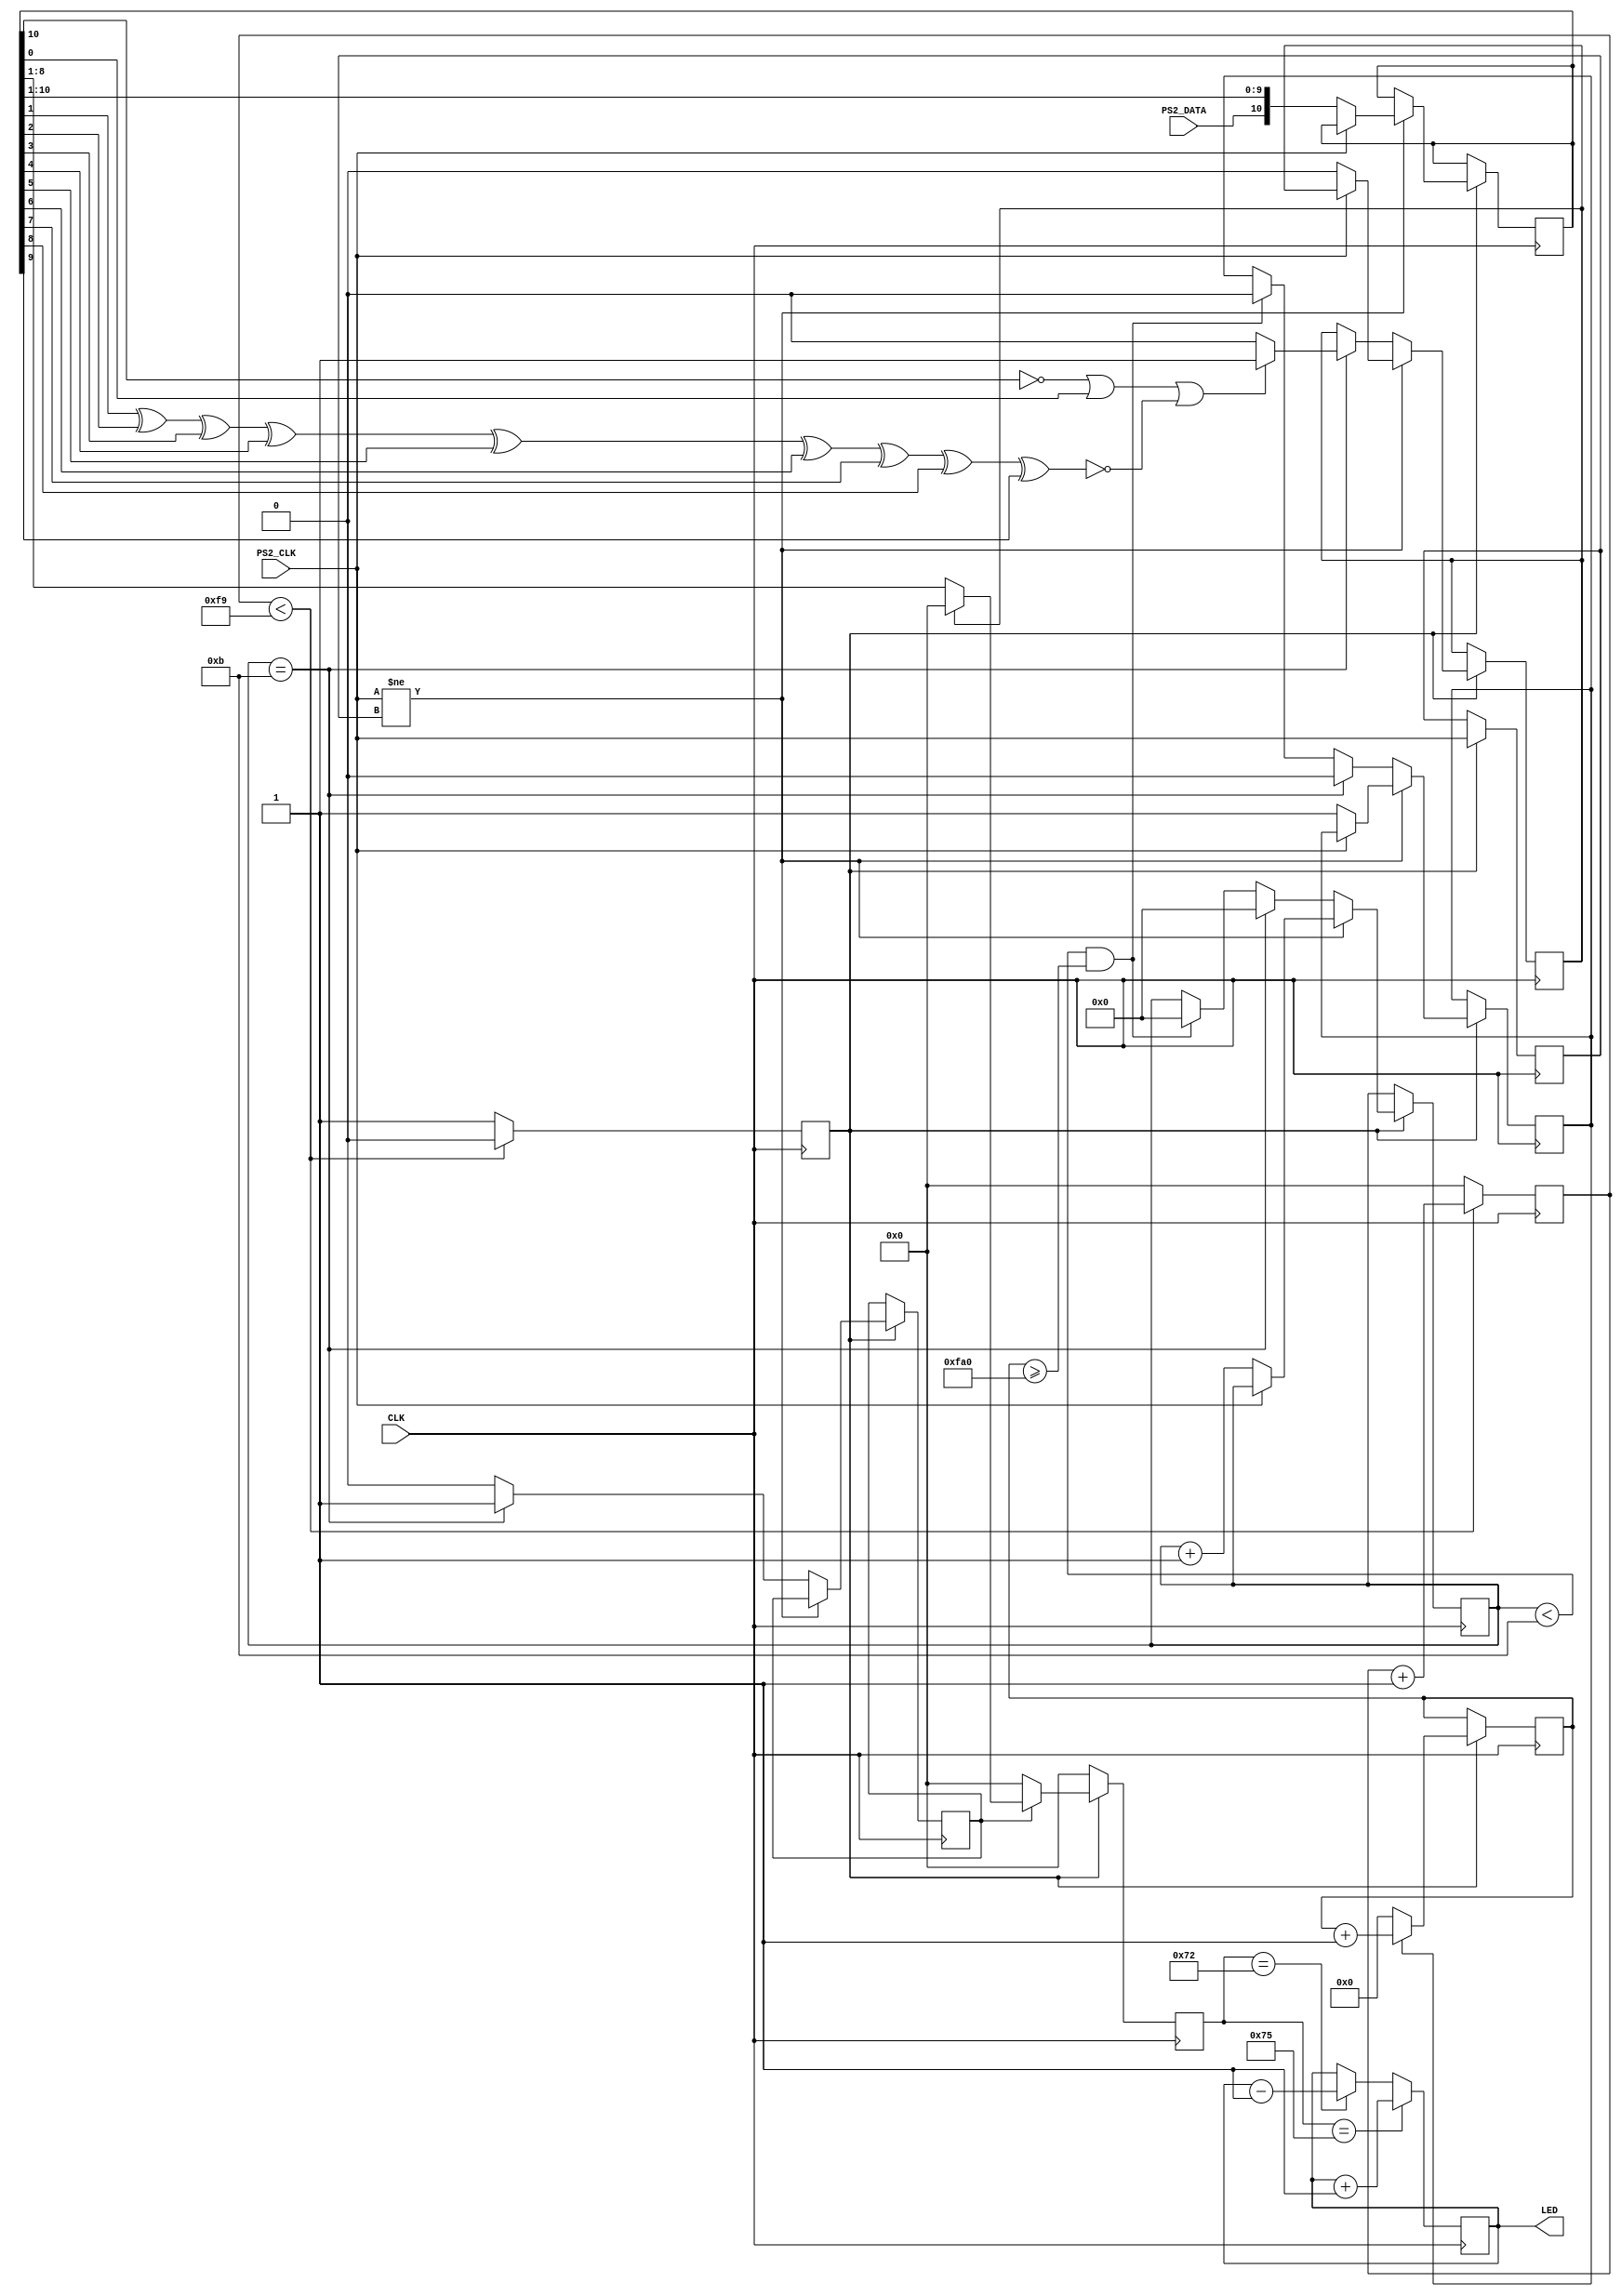
`timescale 1ns / 1ps

module Keyboard(
	input CLK,	//board clock
   input PS2_CLK,	//keyboard clock and data signals
   input PS2_DATA,
	//output reg scan_err,			//These can be used if the Keyboard module is used within a another module
	//output reg [10:0] scan_code,
	//output reg [3:0]COUNT,
	//output reg TRIG_ARR,
	//output reg [7:0]CODEWORD,
   output reg [7:0] LED	//8 LEDs
   );

	wire [7:0] ARROW_UP = 8'h75;	//codes for arrows
	wire [7:0] ARROW_DOWN = 8'h72;
	//wire [7:0] ARROW_LEFT = 8'h6B;
	//wire [7:0] ARROW_RIGHT = 8'h74;
	//wire [7:0] EXTENDED = 8'hE0;	//codes 
	//wire [7:0] RELEASED = 8'hF0;

	reg read;				//this is 1 if still waits to receive more bits 
	reg [11:0] count_reading;		//this is used to detect how much time passed since it received the previous codeword
	reg PREVIOUS_STATE;			//used to check the previous state of the keyboard clock signal to know if it changed
	reg scan_err;				//this becomes one if an error was received somewhere in the packet
	reg [10:0] scan_code;			//this stores 11 received bits
	reg [7:0] CODEWORD;			//this stores only the DATA codeword
	reg TRIG_ARR;				//this is triggered when full 11 bits are received
	reg [3:0]COUNT;				//tells how many bits were received until now (from 0 to 11)
	reg TRIGGER = 0;			//This acts as a 250 times slower than the board clock. 
	reg [7:0]DOWNCOUNTER = 0;		//This is used together with TRIGGER - look the code

	//Set initial values
	initial begin
		PREVIOUS_STATE = 1;		
		scan_err = 0;		
		scan_code = 0;
		COUNT = 0;			
		CODEWORD = 0;
		LED = 0;
		read = 0;
		count_reading = 0;
	end

	always @(posedge CLK) begin				//This reduces the frequency 250 times
		if (DOWNCOUNTER < 249) begin			//and uses variable TRIGGER as the new board clock 
			DOWNCOUNTER <= DOWNCOUNTER + 1;
			TRIGGER <= 0;
		end
		else begin
			DOWNCOUNTER <= 0;
			TRIGGER <= 1;
		end
	end
	
	always @(posedge CLK) begin	
		if (TRIGGER) begin
			if (read)				//if it still waits to read full packet of 11 bits, then (read == 1)
				count_reading <= count_reading + 1;	//and it counts up this variable
			else 						//and later if check to see how big this value is.
				count_reading <= 0;			//if it is too big, then it resets the received data
		end
	end


	always @(posedge CLK) begin		
	if (TRIGGER) begin						//If the down counter (CLK/250) is ready
		if (PS2_CLK != PREVIOUS_STATE) begin			//if the state of Clock pin changed from previous state
			if (!PS2_CLK) begin				//and if the keyboard clock is at falling edge
				read <= 1;				//mark down that it is still reading for the next bit
				scan_err <= 0;				//no errors
				scan_code[10:0] <= {PS2_DATA, scan_code[10:1]};	//add up the data received by shifting bits and adding one new bit
				COUNT <= COUNT + 1;			//
			end
		end
		else if (COUNT == 11) begin				//if it already received 11 bits
			COUNT <= 0;
			read <= 0;					//mark down that reading stopped
			TRIG_ARR <= 1;					//trigger out that the full pack of 11bits was received
			//calculate scan_err using parity bit
			if (!scan_code[10] || scan_code[0] || !(scan_code[1]^scan_code[2]^scan_code[3]^scan_code[4]
				^scan_code[5]^scan_code[6]^scan_code[7]^scan_code[8]
				^scan_code[9]))
				scan_err <= 1;
			else 
				scan_err <= 0;
		end	
		else  begin						//if it yet not received full pack of 11 bits
			TRIG_ARR <= 0;					//tell that the packet of 11bits was not received yet
			if (COUNT < 11 && count_reading >= 4000) begin	//and if after a certain time no more bits were received, then
				COUNT <= 0;				//reset the number of bits received
				read <= 0;				//and wait for the next packet
			end
		end
	PREVIOUS_STATE <= PS2_CLK;					//mark down the previous state of the keyboard clock
	end
	end


	always @(posedge CLK) begin
		if (TRIGGER) begin					//if the 250 times slower than board clock triggers
			if (TRIG_ARR) begin				//and if a full packet of 11 bits was received
				if (scan_err) begin			//BUT if the packet was NOT OK
					CODEWORD <= 8'd0;		//then reset the codeword register
				end
				else begin
					CODEWORD <= scan_code[8:1];	//else drop down the unnecessary  bits and transport the 7 DATA bits to CODEWORD reg
				end				//notice, that the codeword is also reversed! This is because the first bit to received
			end					//is supposed to be the last bit in the codeword
			else CODEWORD <= 8'd0;				//not a full packet received, thus reset codeword
		end
		else CODEWORD <= 8'd0;					//no clock trigger, no data
	end
	
	always @(posedge CLK) begin
//	if (TRIGGER) begin
//		if (TRIG_ARR) begin
//		LED<=scan_code[8:1];			//You can put the code on the LEDs if you want to, that's up to you 
		if (CODEWORD == ARROW_UP)				//if the CODEWORD has the same code as the ARROW_UP code
			LED <= LED + 1;					//count up the LED register to light up LEDs
		else if (CODEWORD == ARROW_DOWN)			//or if the ARROW_DOWN was pressed, then
			LED <= LED - 1;					//count down LED register 

			//if (CODEWORD == EXTENDED)			//For example you can check here if specific codewords were received
			//if (CODEWORD == RELEASED)
		//end
//	end
	end

endmodule